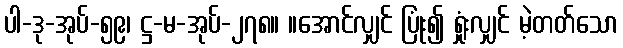
ပါ-ဒု-အုပ်-၅၉၊ ဋ္ဌ-မ-အုပ်-၂၇၈။ ။အောင်လျှင် ပြုံး၍ ရှုံးလျှင် မဲ့တတ်သော